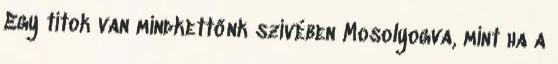
Egy titok van mindkettőnk szívében Mosolyogva, mint ha a